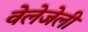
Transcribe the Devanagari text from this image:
वेलेजेली